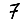
Digit: 7